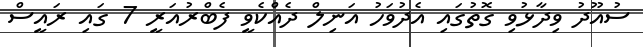
ސުއޫދު ވިދާޅުވި ގޮތުގައި އެދުވަހު އަނިލް ދެއްކެވީ ފެބްރުއަރީ 7 ގައި ރައީސް